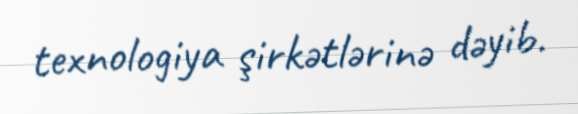
texnologiya şirkətlərinə dəyib.